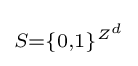
\scriptstyle S=\{0,1\}^{Z^{d}}